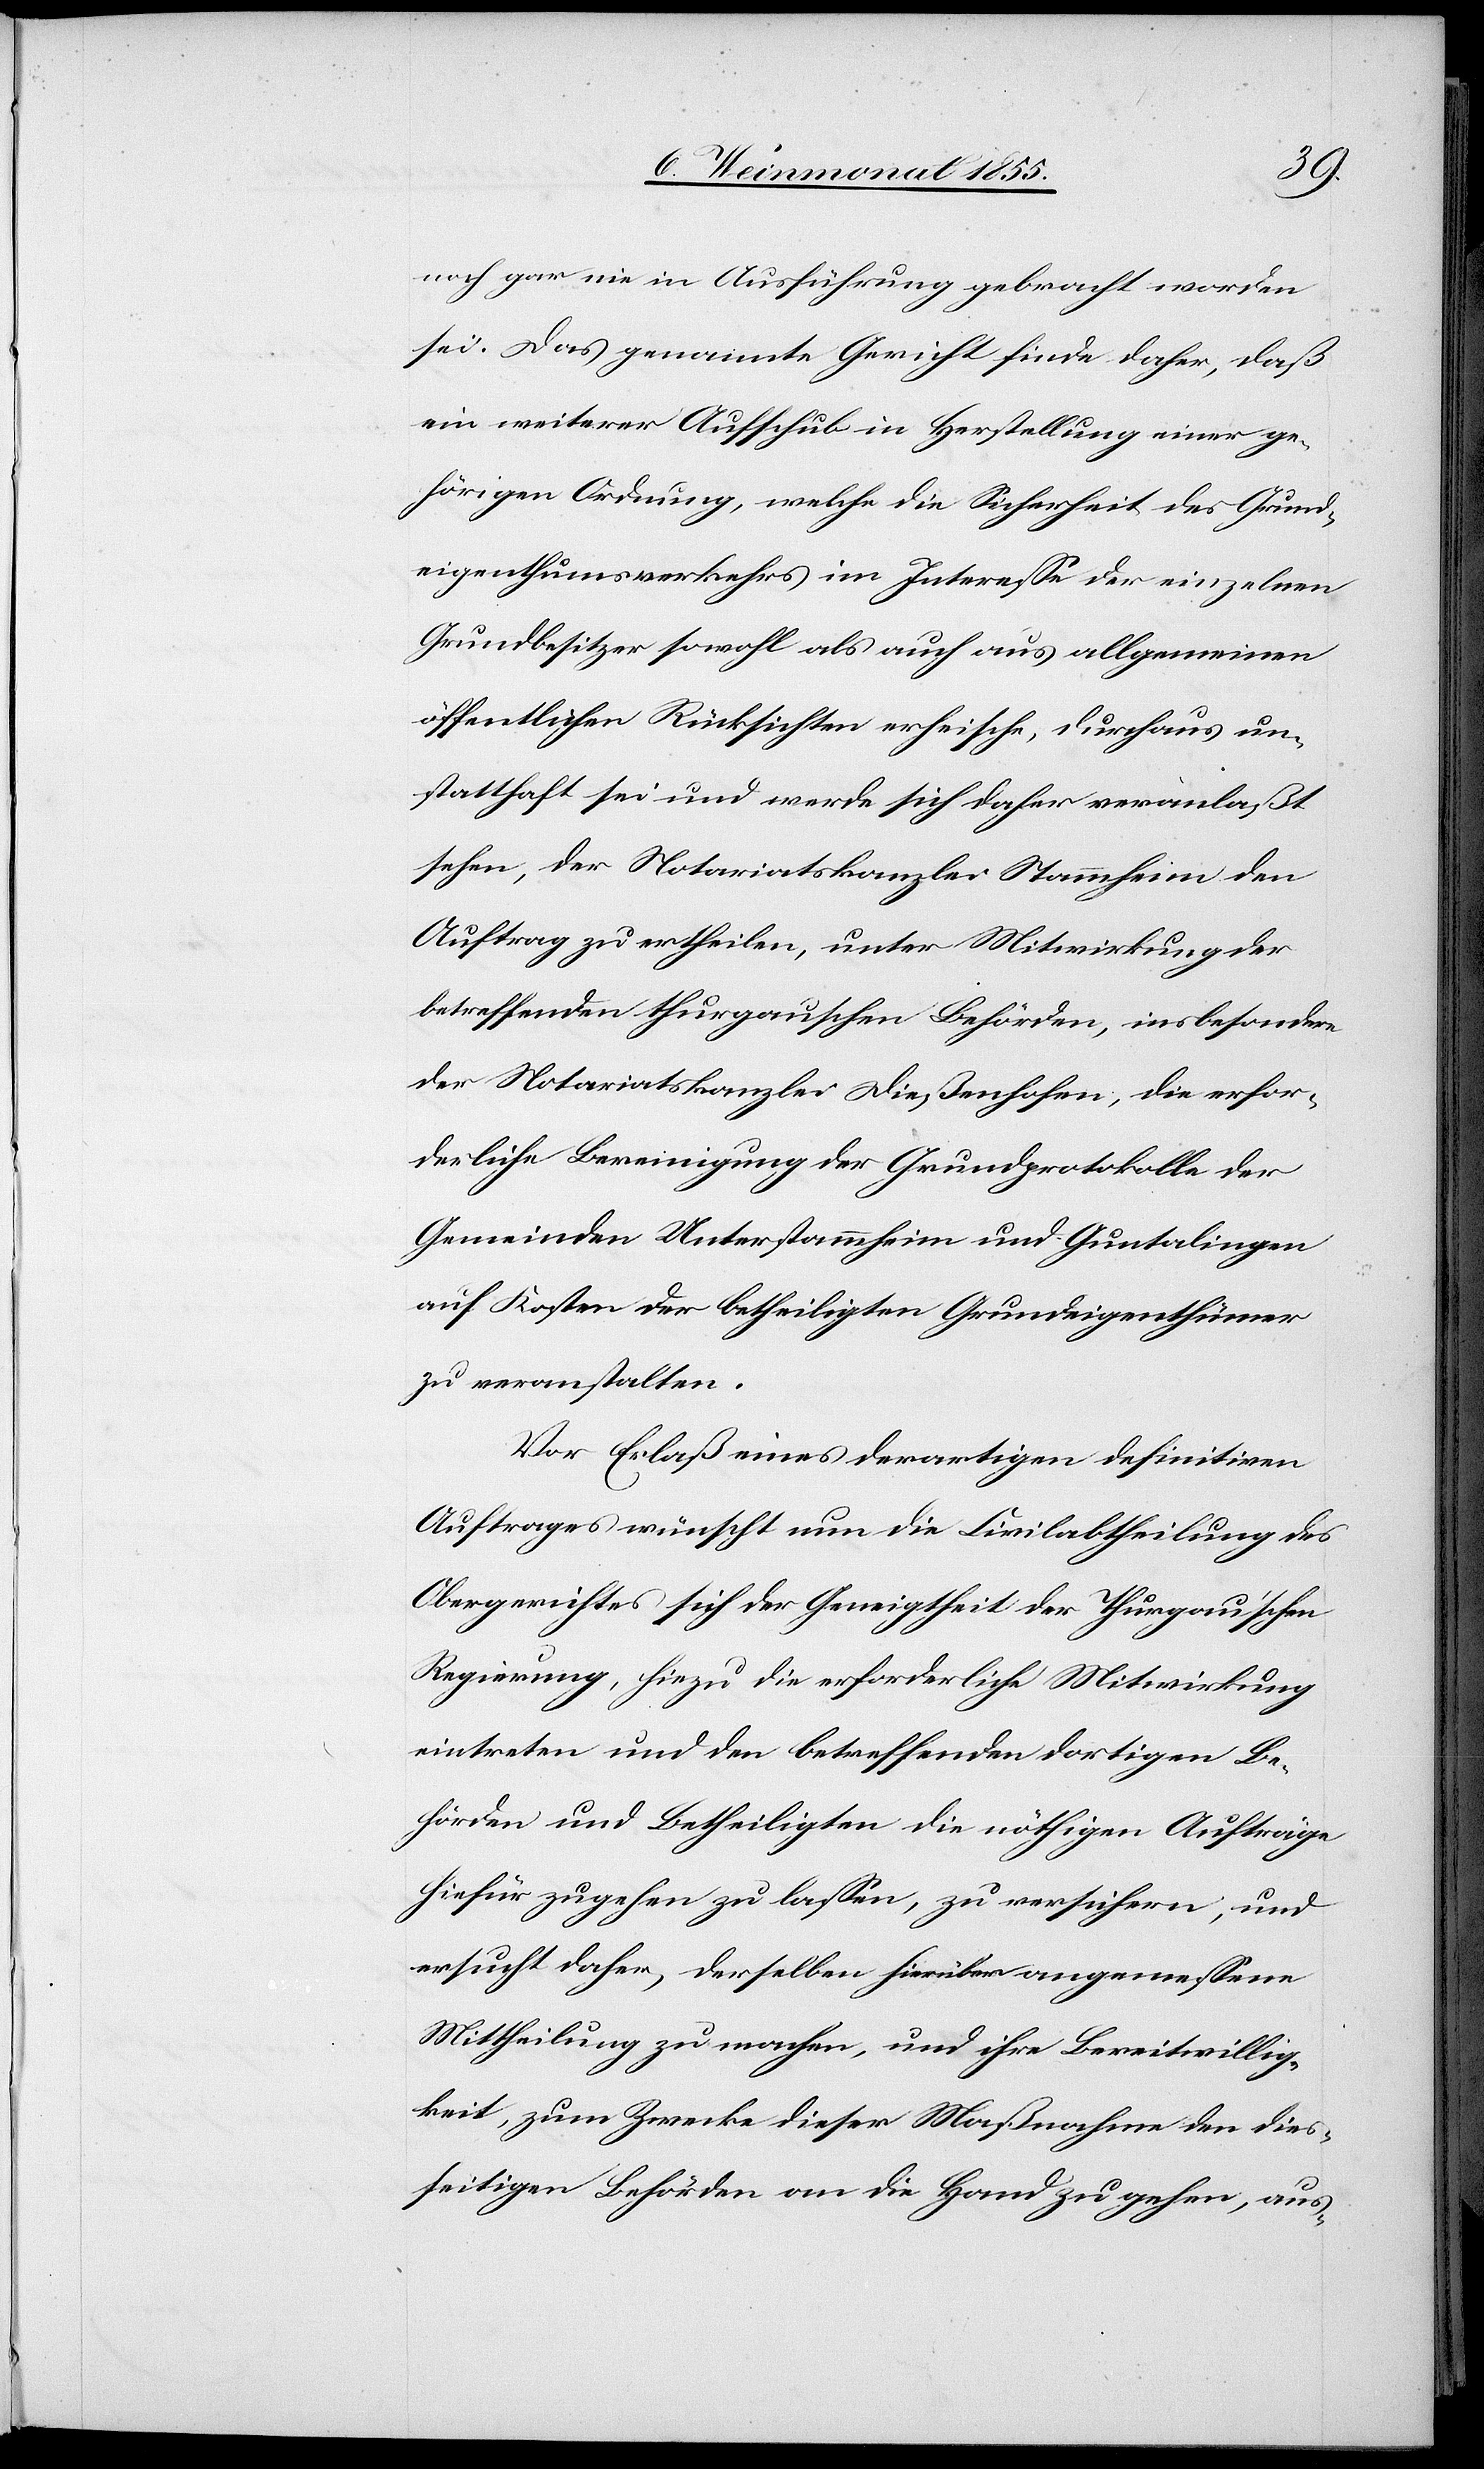
noch gar nie in Ausführung gebracht worden
sei. Das genannte Gericht finde daher, daß
ein weiterer Aufschub in Herstellung einer ge¬
hörigen Ordnung, welche die Sicherheit des Grund¬
eigenthumsverkehrs im Interesse der einzelnen
Grundbesitzer sowohl als auch aus allgemeinen
öffentlichen Rücksichten erheische, durchaus un¬
statthaft sei und werde sich daher veranlaßt
sehen, der Notariatskanzlei Stammheim den
Auftrag zu ertheilen, unter Mitwirkung der
betreffenden thurgauschen Behörden, insbesondere
der Notariatskanzlei Dießenhofen, die erfor¬
derliche Bereinigung der Grundprotokolle der
Gemeinden Unterstammheim und Guntalingen
auf Kosten der betheiligten Grundeigenthümer
zu veranstalten.
Vor Erlaß eines derartigen definitiven
Auftrages wünscht nun die Civilabtheilung des
Obergerichtes sich der Geneigtheit der Thurgau’schen
Regierung, hiezu die erforderliche Mitwirkung
eintreten und den betreffenden dortigen Be¬
hörden und Betheiligten die nöthigen Aufträge
hiefür zugehen zu lassen, zu versichern, und
ersucht daher, derselben hierüber angemessene
Mittheilung zu machen, und ihre Bereitwillig¬
keit, zum Zwecke dieser Maßnahme den dies¬
seitigen Behörden an die Hand zu gehen, aus-